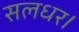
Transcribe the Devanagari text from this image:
सलधर।